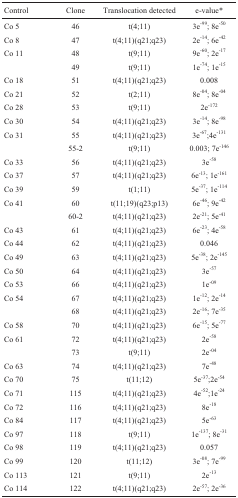
<table><thead><tr><td><b>Control</b></td><td><b>Clone</b></td><td><b>Translocation detected</b></td><td><b>e-value*</b></td></tr></thead><tbody><tr><td>Co 5</td><td>46</td><td>t(4;11)</td><td>3e<sup>-99</sup>; 8e<sup>-50</sup></td></tr><tr><td>Co 8</td><td>47</td><td>t(4;11)(q21;q23)</td><td>2e<sup>-14</sup>; 6e<sup>-42</sup></td></tr><tr><td>Co 11</td><td>48</td><td>t(9;11)</td><td>9e<sup>-60</sup>; 2e<sup>-17</sup></td></tr><tr><td></td><td>49</td><td>t(9;11)</td><td>1e<sup>-74</sup>; 1e<sup>-15</sup></td></tr><tr><td>Co 18</td><td>51</td><td>t(4;11)(q21;q23)</td><td>0.008</td></tr><tr><td>Co 21</td><td>52</td><td>t(2;11)</td><td>8e<sup>-04</sup>; 8e<sup>-04</sup></td></tr><tr><td>Co 28</td><td>53</td><td>t(9;11)</td><td>2e<sup>-172</sup></td></tr><tr><td>Co 30</td><td>54</td><td>t(4;11)(q21;q23)</td><td>3e<sup>-14</sup>; 8e<sup>-98</sup></td></tr><tr><td>Co 31</td><td>55</td><td>t(4;11)(q21;q23)</td><td>3e<sup>-67</sup>;4e<sup>-131</sup></td></tr><tr><td></td><td>55-2</td><td>t(9;11)</td><td>0.003; 7e<sup>-146</sup></td></tr><tr><td>Co 33</td><td>56</td><td>t(4;11)(q21;q23)</td><td>3e<sup>-58</sup></td></tr><tr><td>Co 37</td><td>57</td><td>t(4;11)(q21;q23)</td><td>6e<sup>-13</sup>; 1e<sup>-161</sup></td></tr><tr><td>Co 39</td><td>59</td><td>t(1;11)</td><td>5e<sup>-37</sup>; 1e<sup>-114</sup></td></tr><tr><td>Co 41</td><td>60</td><td>t(11;19)(q23;p13)</td><td>6e<sup>-46</sup>; 9e<sup>-42</sup></td></tr><tr><td></td><td>60-2</td><td>t(4;11)(q21;q23)</td><td>2e<sup>-21</sup>; 5e<sup>-41</sup></td></tr><tr><td>Co 43</td><td>61</td><td>t(4;11)(q21;q23)</td><td>6e<sup>-23</sup>; 4e<sup>-58</sup></td></tr><tr><td>Co 44</td><td>62</td><td>t(4;11)(q21;q23)</td><td>0.046</td></tr><tr><td>Co 49</td><td>63</td><td>t(4;11)(q21;q23)</td><td>5e<sup>-38</sup>; 2e<sup>-145</sup></td></tr><tr><td>Co 50</td><td>64</td><td>t(4;11)(q21;q23)</td><td>3e<sup>-57</sup></td></tr><tr><td>Co 53</td><td>66</td><td>t(4;11)(q21;q23)</td><td>1e<sup>-09</sup></td></tr><tr><td>Co 54</td><td>67</td><td>t(4;11)(q21;q23)</td><td>1e<sup>-12</sup>; 2e<sup>-14</sup></td></tr><tr><td></td><td>68</td><td>t(4;11)(q21;q23)</td><td>2e<sup>-16</sup>; 7e<sup>-35</sup></td></tr><tr><td>Co 58</td><td>70</td><td>t(4;11)(q21;q23)</td><td>6e<sup>-15</sup>; 5e<sup>-77</sup></td></tr><tr><td>Co 61</td><td>72</td><td>t(4;11)(q21;q23)</td><td>2e<sup>-58</sup></td></tr><tr><td></td><td>73</td><td>t(9;11)</td><td>2e<sup>-04</sup></td></tr><tr><td>Co 63</td><td>74</td><td>t(4;11)(q21;q23)</td><td>7e<sup>-48</sup></td></tr><tr><td>Co 70</td><td>75</td><td>t(11;12)</td><td>5e<sup>-37</sup>;2e<sup>-54</sup></td></tr><tr><td>Co 71</td><td>115</td><td>t(4;11)(q21;q23)</td><td>4e<sup>-52</sup>;1e<sup>-24</sup></td></tr><tr><td>Co 72</td><td>116</td><td>t(4;11)(q21;q23)</td><td>8e<sup>-18</sup></td></tr><tr><td>Co 84</td><td>117</td><td>t(4;11)(q21;q23)</td><td>5e<sup>-63</sup></td></tr><tr><td>Co 97</td><td>118</td><td>t(9;11)</td><td>1e<sup>-137</sup>; 8e<sup>-31</sup></td></tr><tr><td>Co 98</td><td>119</td><td>t(4;11)(q21;q23)</td><td>0.057</td></tr><tr><td>Co 99</td><td>120</td><td>t(11;12)</td><td>3e<sup>-08</sup>; 7e<sup>-99</sup></td></tr><tr><td>Co 113</td><td>121</td><td>t(9;11)</td><td>2e<sup>-13</sup></td></tr><tr><td>Co 114</td><td>122</td><td>t(4;11)(q21;q23)</td><td>2e<sup>-57</sup>; 2e<sup>-36</sup></td></tr></tbody></table>